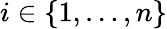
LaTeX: i\in\{ 1,\dotsc,n\}